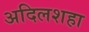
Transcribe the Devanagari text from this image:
अदिलशहा